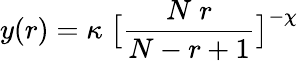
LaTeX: y(r)=\kappa\; \big[\frac{N\; r}{N-r+1}\big]^{-\chi}